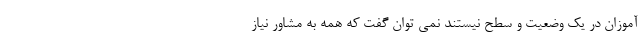
آموزان در یک وضعیت و سطح نیستند نمی توان گفت که همه به مشاور نیاز